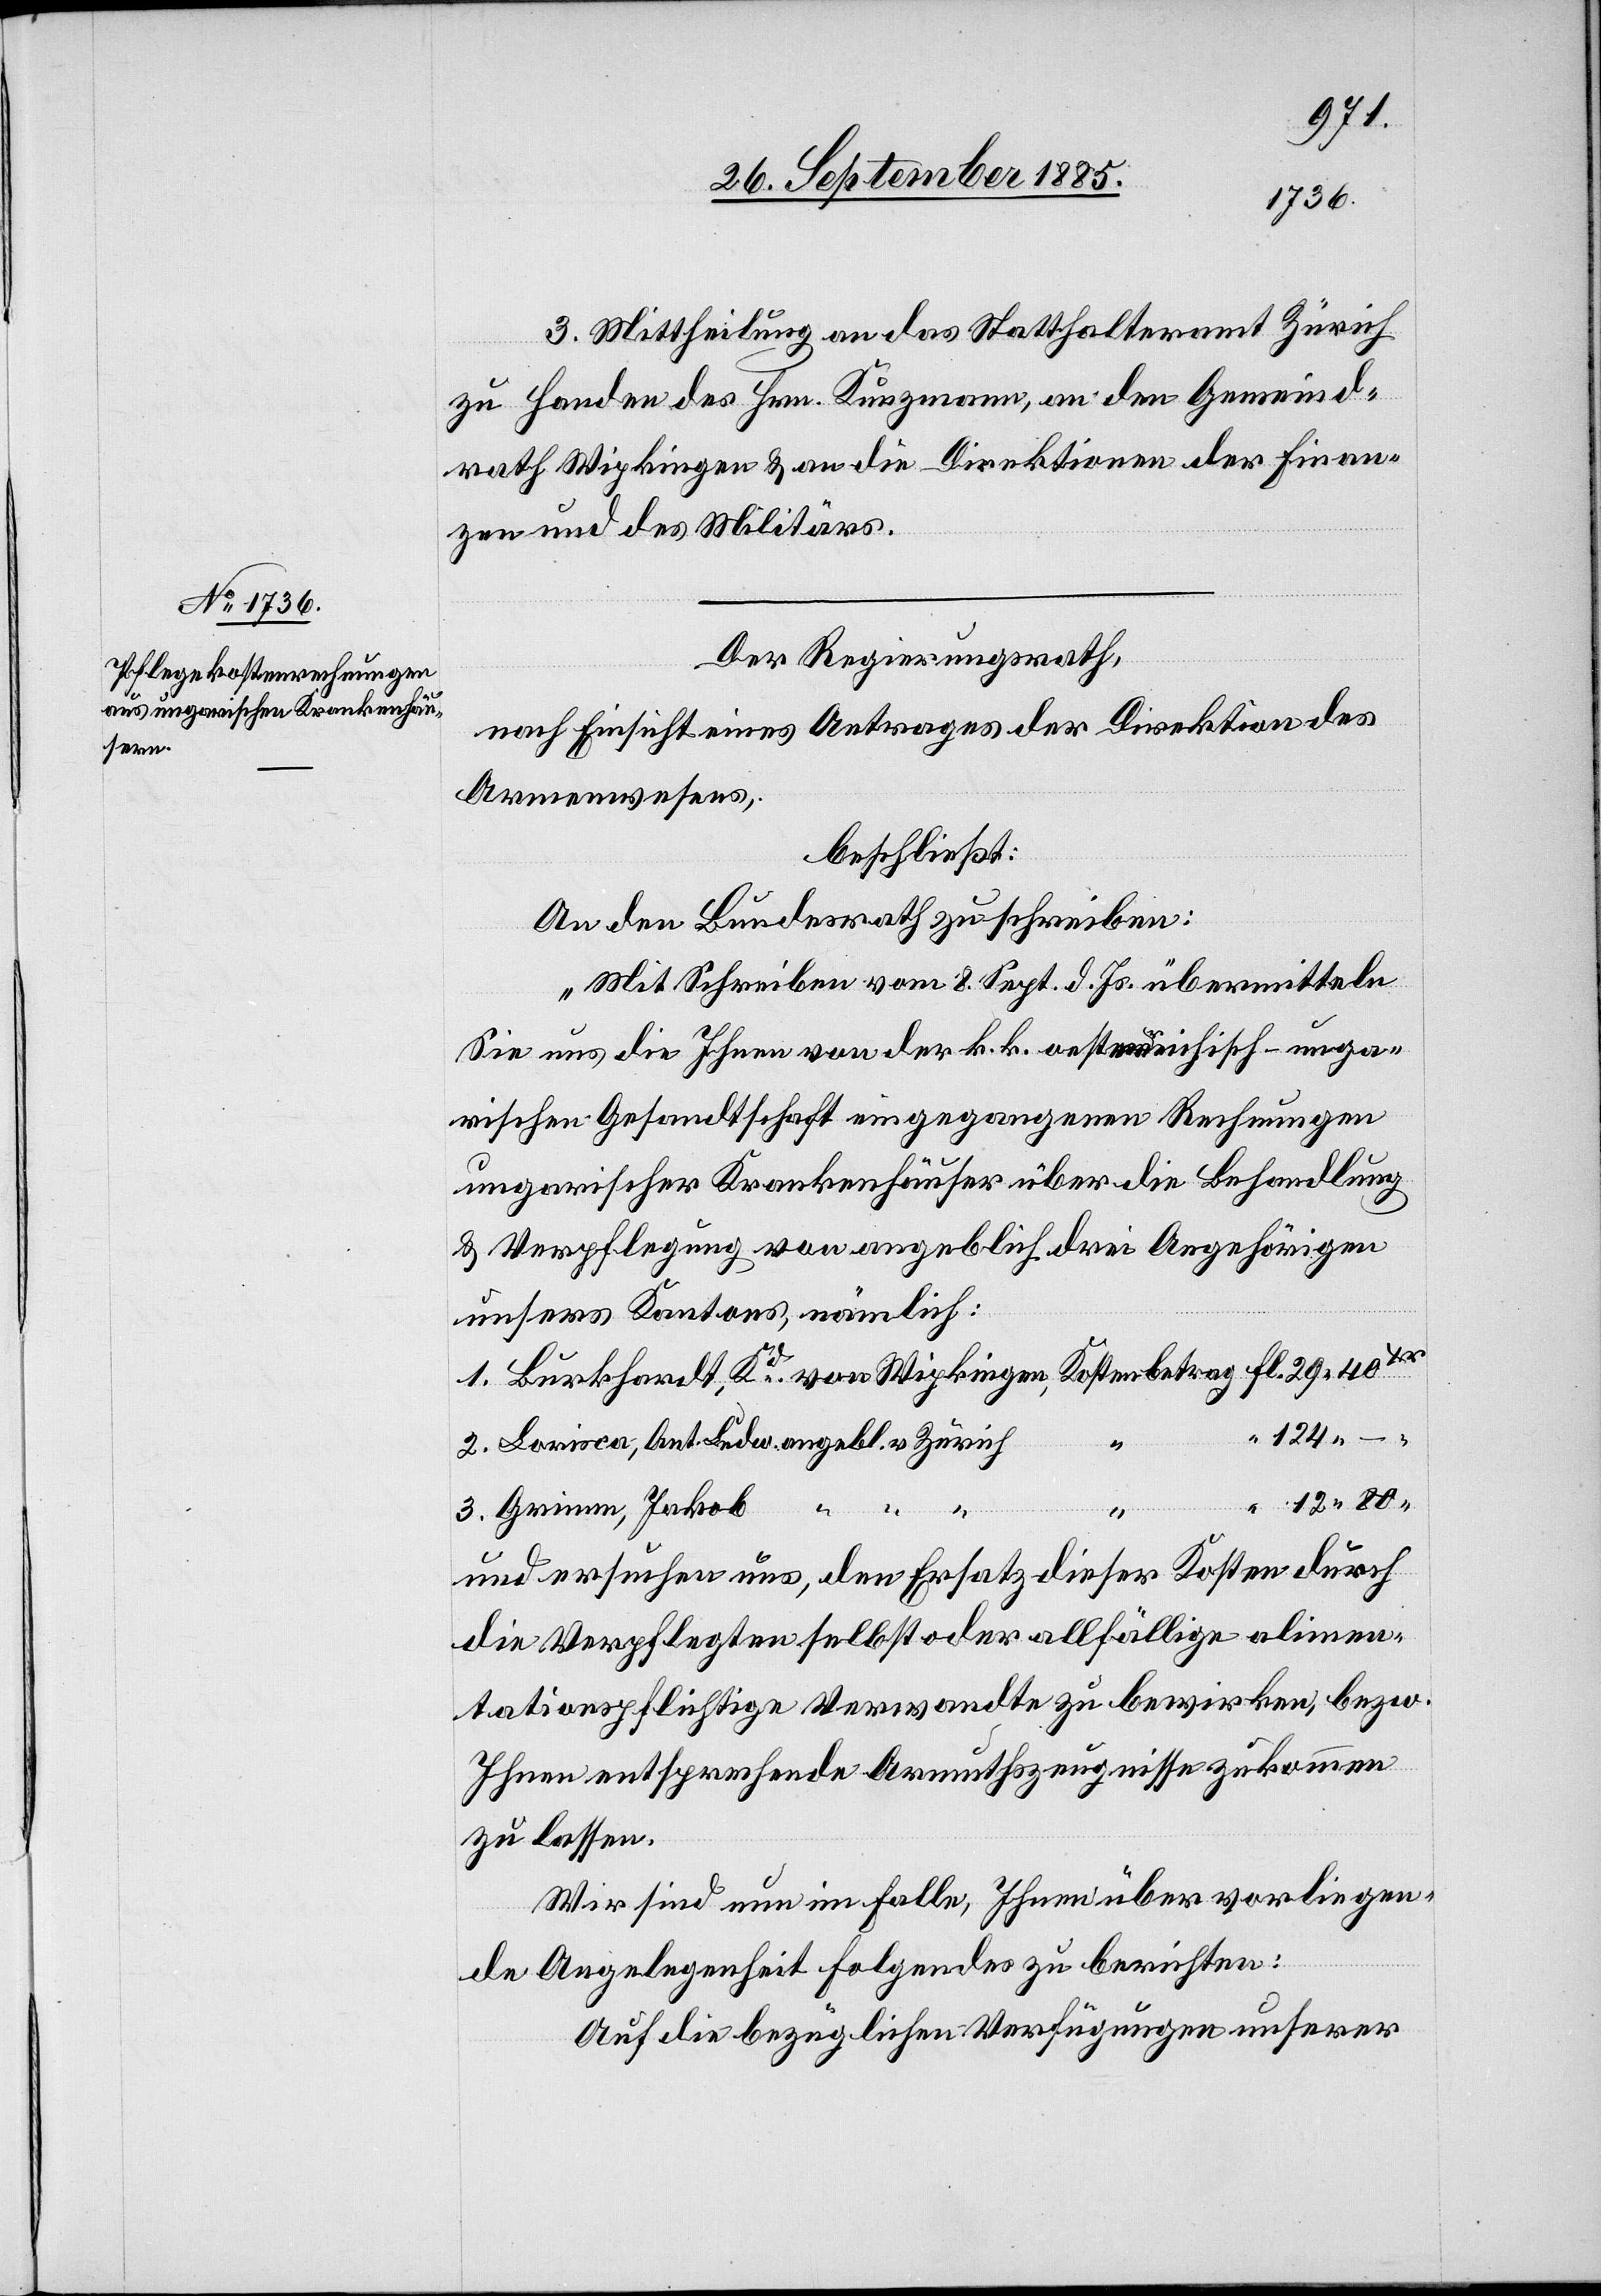
Ant.
3. Mittheilung an das Statthalteramt Zürich
Kostenbetrag
zu Handen des Hrn. Kunzmann, an den Gemeind¬
rath Wipkingen & an die Direktionen der Finan¬
zen und des Militärs.
Der Regierungsrath,
nach Einsicht eines Antrages der Direktion des
Armenwesens,
beschließt:
An den Bundesrath zu schreiben:
„Mit Schreiben vom 8. Sept. d. Js. übermitteln
Sie uns die Ihnen von der k. k. oesterreichisch-unga¬
rischen Gesandtschaft eingegangenen Rechnungen
ungarischer Krankenhäuser über die Behandlung
& Verpflegung von angeblich drei Angehörigen
unsers Kantons, nämlich:
und ersuchen uns, den Ersatz dieser Kosten durch
die Verpflegten selbst oder allfällige alimen¬
tationspflichtige Verwandte zu bewirken, bezw.
Ihnen entsprechende Armuthszeugnisse zukommen
zu lassen.
Wir sind nun im Falle, Ihnen über vorliegen¬
de Angelegenheit Folgendes zu berichten:
Auf die bezüglichen Verfügungen unserer